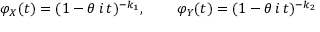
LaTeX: \varphi _ { X } ( t ) = ( 1 - \theta \, i \, t ) ^ { - k _ { 1 } } , \, \qquad \varphi _ { Y } ( t ) = ( 1 - \theta \, i \, t ) ^ { - k _ { 2 } }